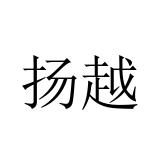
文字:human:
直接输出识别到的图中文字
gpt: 扬越